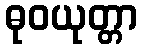
ဓုဝယုတ္တာ